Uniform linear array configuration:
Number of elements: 4
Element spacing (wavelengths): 1
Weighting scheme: binomial
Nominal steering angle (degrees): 15
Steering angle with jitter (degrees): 16.326
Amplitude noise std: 0.05
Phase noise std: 0.05

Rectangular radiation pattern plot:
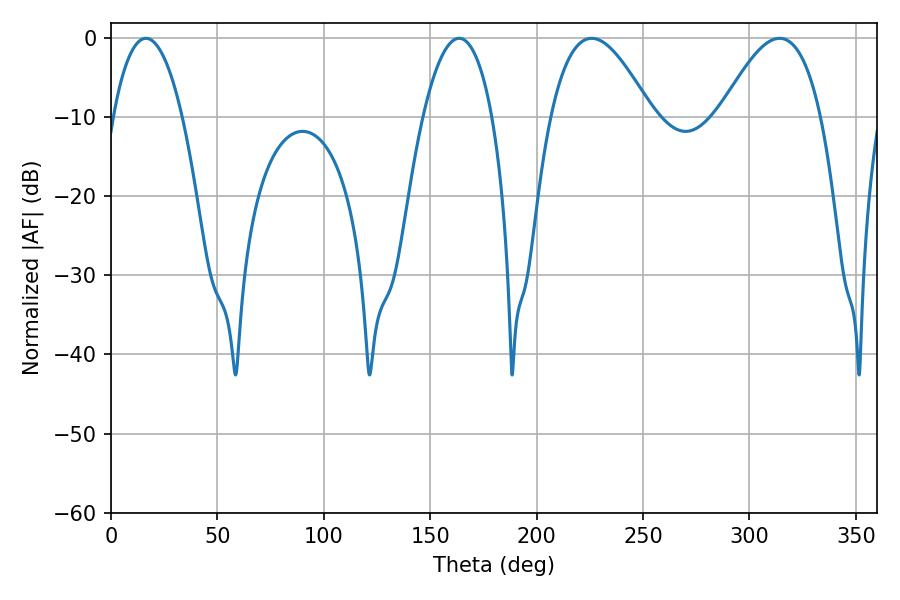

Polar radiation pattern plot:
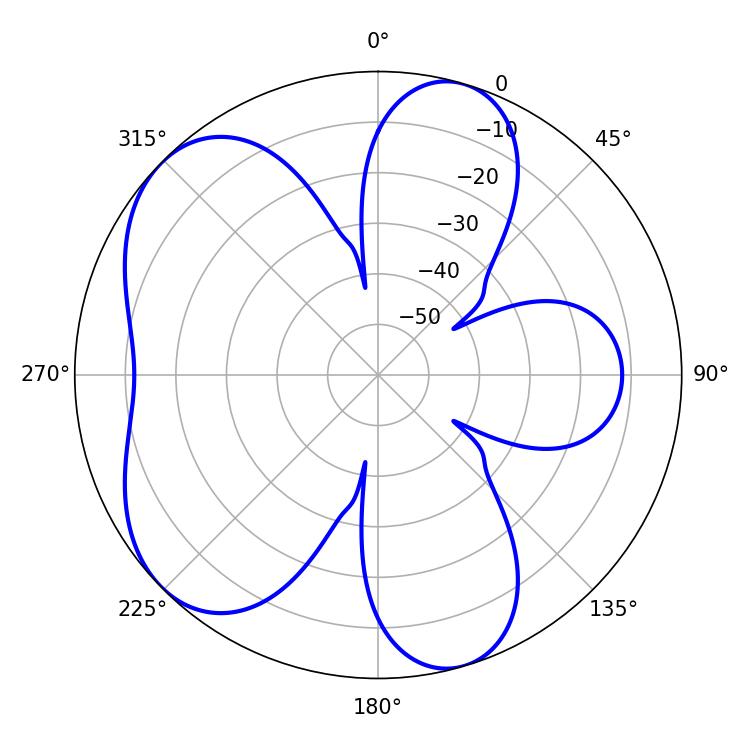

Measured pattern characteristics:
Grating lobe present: TRUE
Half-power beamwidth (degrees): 18.18
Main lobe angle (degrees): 163.62